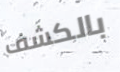
بالكشف